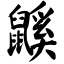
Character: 鼷